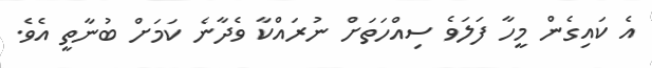
އެ ކައިގެން މީހާ ފަލަވެ ސިއްހަތަށް ނުރައްކާ ވެދާނެ ކަމަށް ބުނާތީ އެވެ.